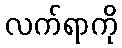
လက်ရာကို